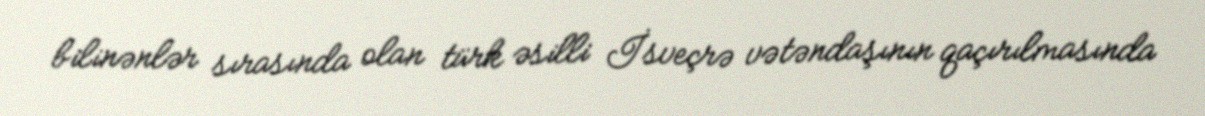
bilinənlər sırasında olan türk əsilli İsveçrə vətəndaşının qaçırılmasında